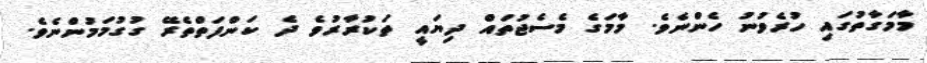
މާމަގާތުގައި ހުރެވުނު ހެންނެވެ. މާމަގެ މެސެޖުތައް ދިޔައީ ތަކުރާރުވެ ދެ ކަންފަތްތެރޭ ގުގުމަމުންނެވެ.